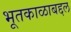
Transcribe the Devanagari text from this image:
भूतकाळाबद्दल